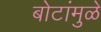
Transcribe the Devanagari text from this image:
बोटांमुळे